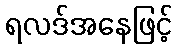
ရလဒ်အနေဖြင့်